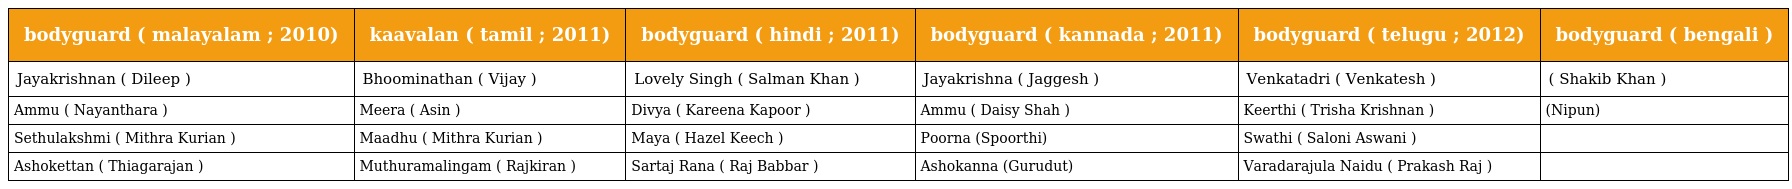
| bodyguard ( malayalam ; 2010) | kaavalan ( tamil ; 2011) | bodyguard ( hindi ; 2011) | bodyguard ( kannada ; 2011) | bodyguard ( telugu ; 2012) | bodyguard ( bengali ) |
 | --- | --- | --- | --- | --- | --- |
 | Jayakrishnan ( Dileep ) | Bhoominathan ( Vijay ) | Lovely Singh ( Salman Khan ) | Jayakrishna ( Jaggesh ) | Venkatadri ( Venkatesh ) | ( Shakib Khan ) |
 | Ammu ( Nayanthara ) | Meera ( Asin ) | Divya ( Kareena Kapoor ) | Ammu ( Daisy Shah ) | Keerthi ( Trisha Krishnan ) | (Nipun) |
 | Sethulakshmi ( Mithra Kurian ) | Maadhu ( Mithra Kurian ) | Maya ( Hazel Keech ) | Poorna (Spoorthi) | Swathi ( Saloni Aswani ) |  |
 | Ashokettan ( Thiagarajan ) | Muthuramalingam ( Rajkiran ) | Sartaj Rana ( Raj Babbar ) | Ashokanna (Gurudut) | Varadarajula Naidu ( Prakash Raj ) |  |